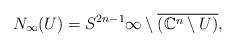
LaTeX: \begin{align*}N_\infty(U) = S^{2n-1}\infty\setminus\overline{\left( \mathbb{C}^n \setminus U \right)},\end{align*}